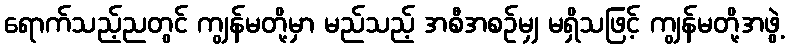
ရောက်သည့်ညတွင် ကျွန်မတို့မှာ မည်သည့် အစီအစဉ်မျှ မရှိသဖြင့် ကျွန်မတို့အဖွဲ့